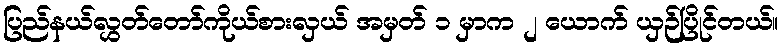
ပြည်နယ်လွှတ်တော်ကိုယ်စားလှယ် အမှတ် ၁ မှာက ၂ ယောက် ယှဉ်ပြိုင်တယ်။